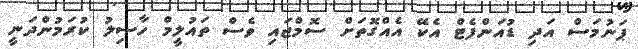
ޕަނުމަސް އަދި ޑުއަންފެޓް އެކޭ އެއްގޮތަށް ސޮމްޖައި ވެސް ތައުލީމް ހާސިލު ކުރަމުންދަނީ